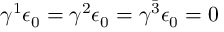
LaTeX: \gamma ^ { 1 } \epsilon _ { 0 } = \gamma ^ { 2 } \epsilon _ { 0 } = \gamma ^ { \bar { 3 } } \epsilon _ { 0 } = 0